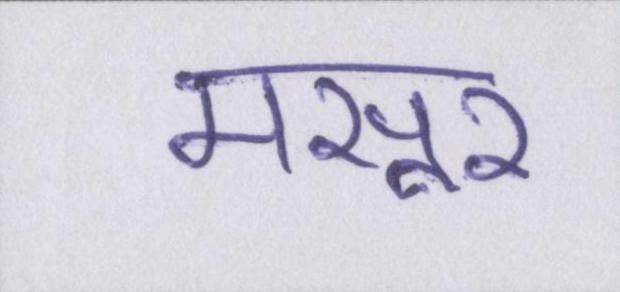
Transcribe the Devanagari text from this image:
मसूर